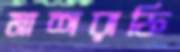
মাশরাফি